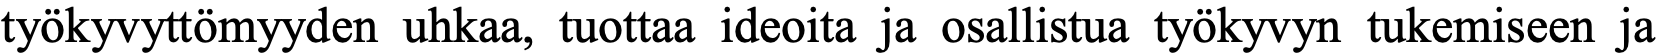
työkyvyttömyyden uhkaa, tuottaa ideoita ja osallistua työkyvyn tukemiseen ja